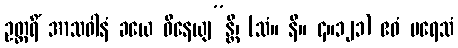
ဥတ္တရိံ အာသဝါနံ ခယေ ဝိနေယျ”န္တိ၊ (သံ။ နိ။ ၄။၁၂၁) ဧဝံ ပရေသံ